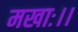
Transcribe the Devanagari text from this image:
मखाः।।